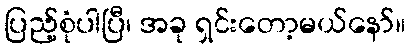
ပြည့်စုံပါပြီ၊ အခု ရှင်းတော့မယ်နော်။